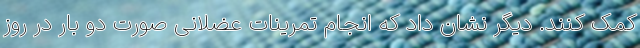
کمک کنند. دیگر نشان داد که انجام تمرینات عضلانی صورت دو بار در روز